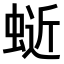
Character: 𫋅